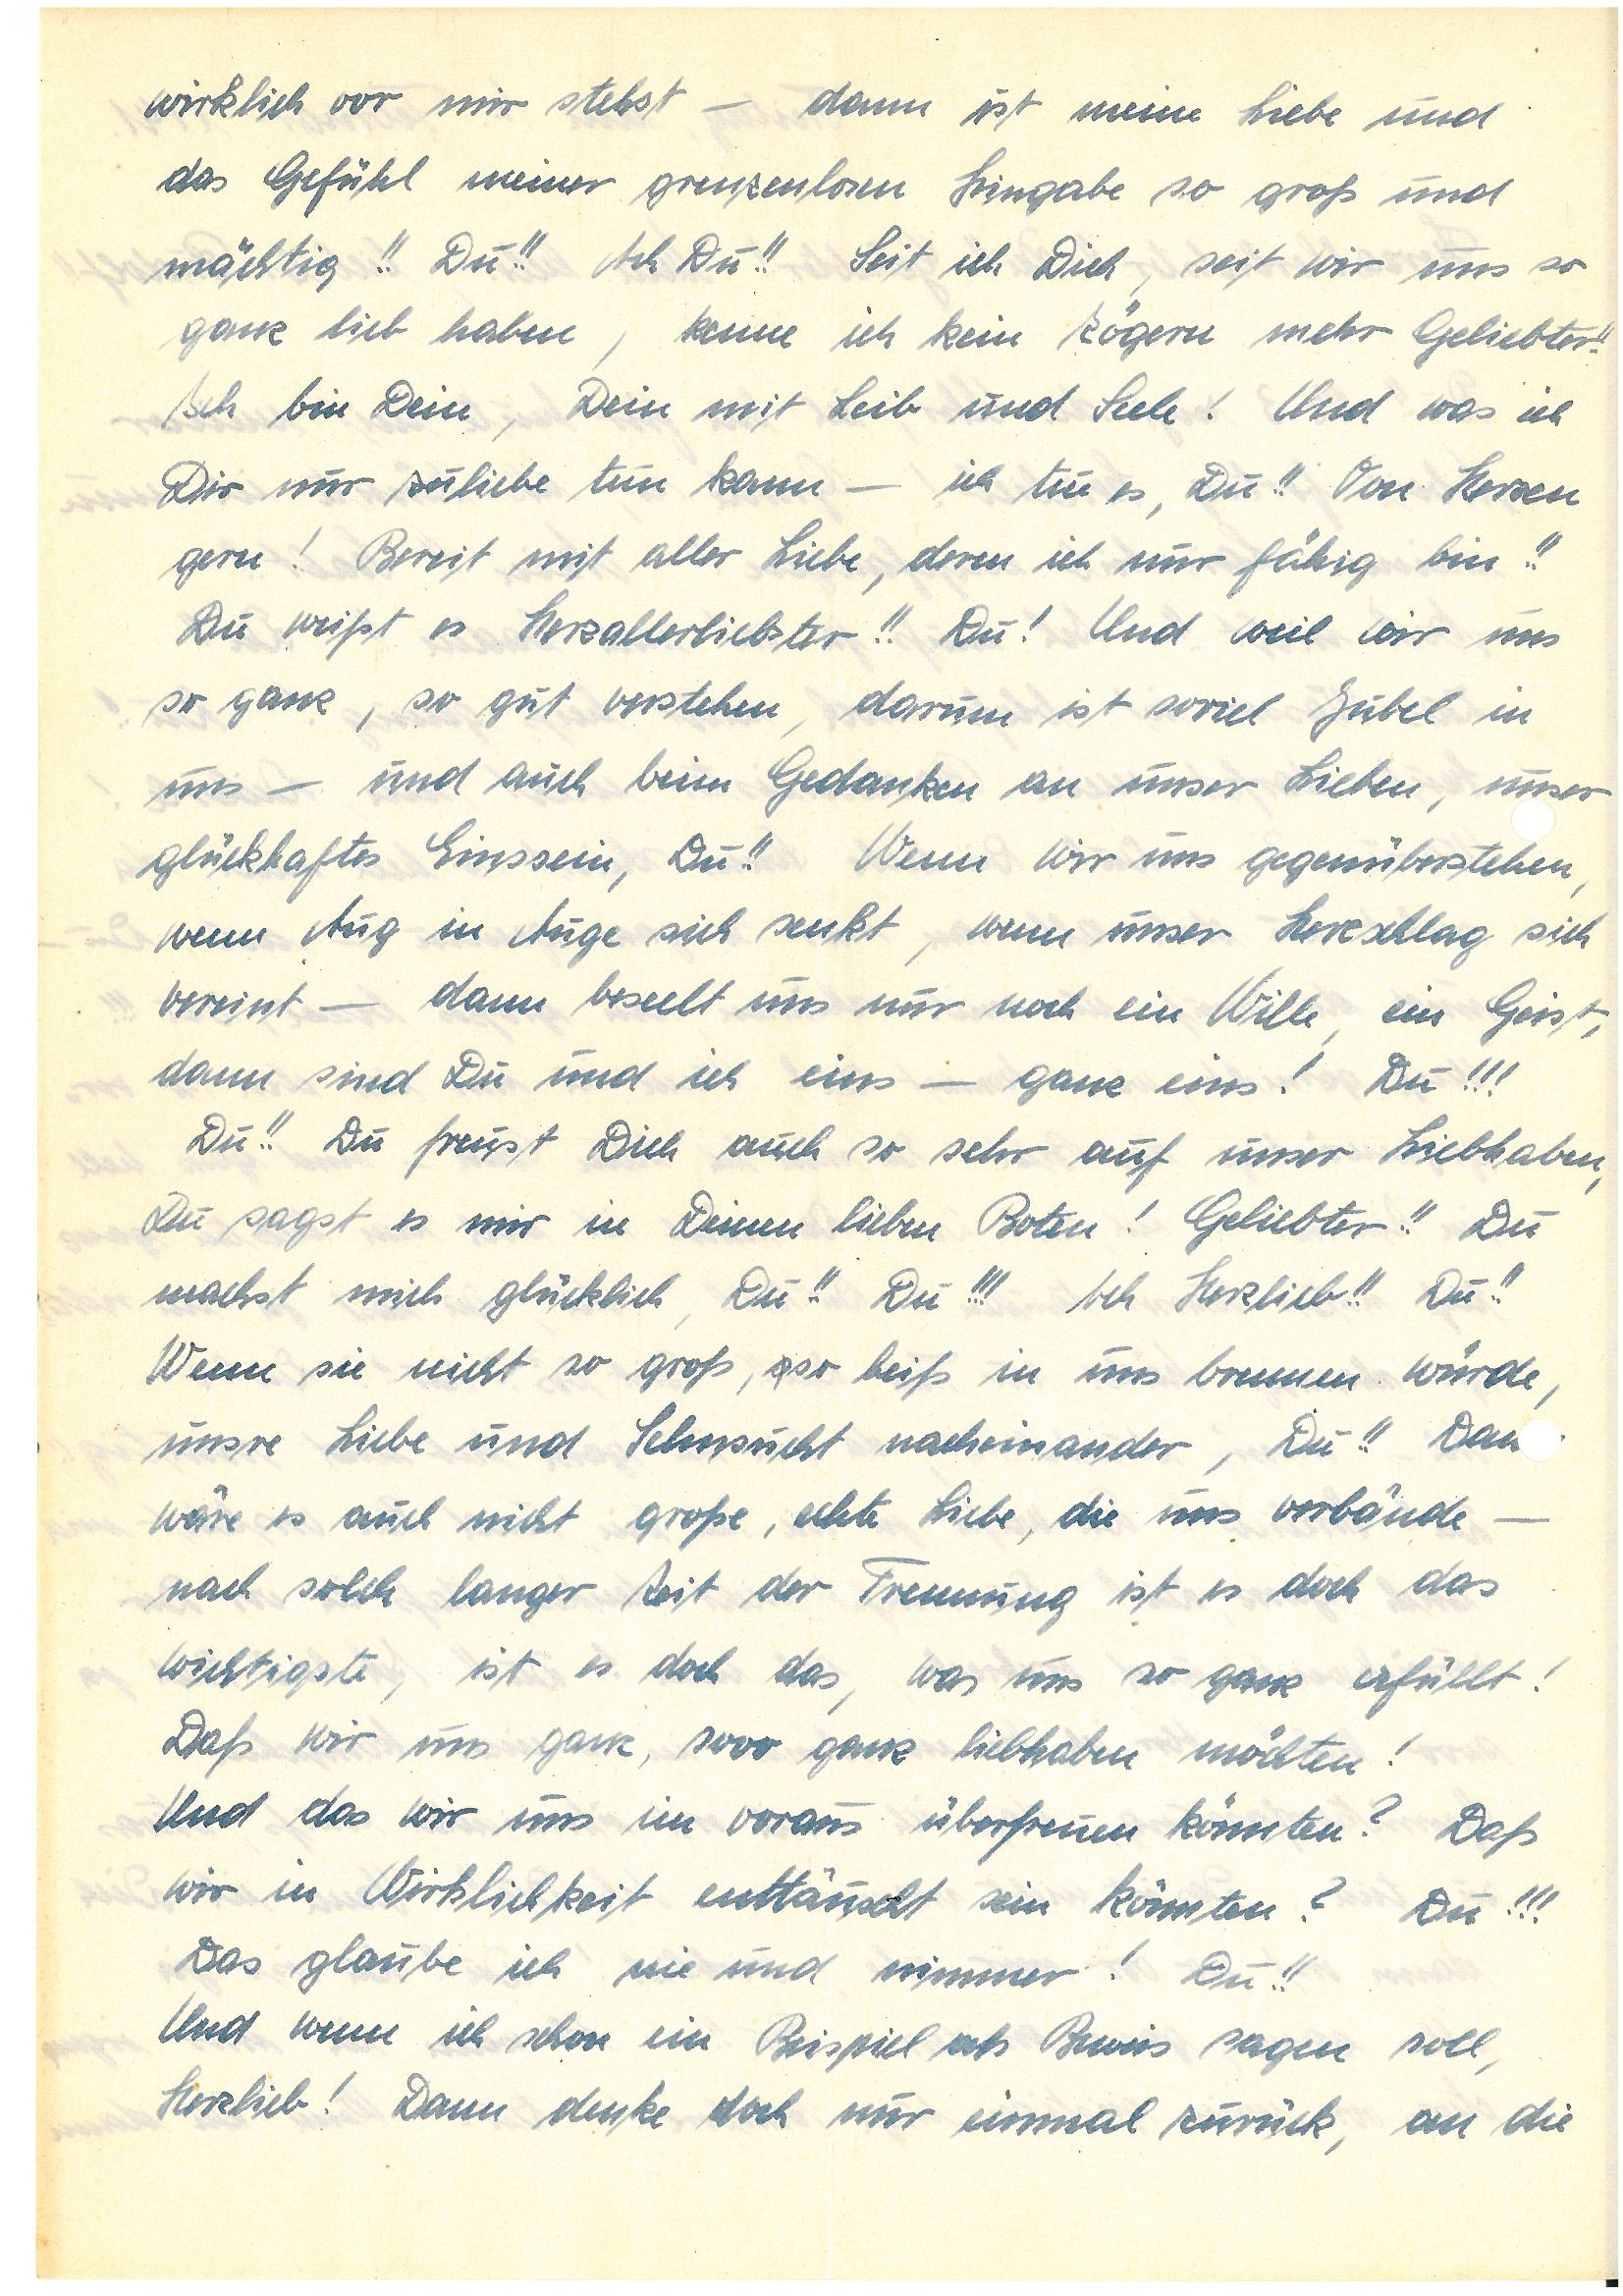
wirklich vor mir stehst – dann ist meine Liebe und
das Gefühl meiner grenzenlosen Hingabe so groß und
mächtig!! Du!! Ach Du!! Seit ich Dich, seit wir uns so
ganz lieb haben, kenne ich kein Zögern mehr Geliebter!!
Ich bin Dein, Dein mit Leib und Seele! Und was ich
Dir nur zuliebe tun kann – ich tue es, Du!! Von Herzen
gern! Bereit mit aller Liebe, deren ich nur fähig bin!!
Du weißt es Herzallerliebster!! Du! Und weil wir uns
so ganz, so gut verstehen, darum ist soviel Jubel in
uns – und auch beim Gedanken an unser Lieben, unser
glückhaftes Einssein, Du!! Wenn wir uns gegenüberstehen,
wenn Aug in Auge sich senkt, wenn unser Herzschlag sich
vereint – dann beseelt uns noch nur ein Wille, ein Geist,
dann sind Du und ich eins – ganz eins! Du!!!
Du!! Du freust Dich auch so sehr auf unser Liebhaben,
Du sagst es mir in Deinen lieben Boten! Geliebter!! Du
machst mich glücklich, Du!! Du!!! Ach Herzlieb!! Du!!
Wenn sie nicht so groß, gar heiß in uns brennen würde,
unsre Liebe und Sehnsucht nacheinander, Du!! Dan
wäre es auch nicht große, echte Liebe, die uns verbände –
nach solch langer Zeit der Trennung ist es doch das
wichtigste, ist es doch das, was uns so ganz erfüllt!
Daß wir uns ganz, sooo ganz liebhaben möchten!
Und das wir uns im voraus überfreuen könnten? Daß
wir in Wirklichkeit enttäuscht sein könnten? Du!!!
Das glaube ich nie und nimmer! Du!!
Und wenn ich schon ein Beispiel als Beweis sagen soll,
Herzlieb! Dann denke doch nur einmal zurück, an die